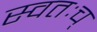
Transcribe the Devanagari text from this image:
स्वतःच्